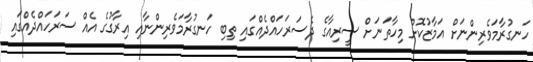
ހަނގުރާމަވެރިންނަށް އަމާޒުކޮށް މިހާތަނަށް ސީރިއާގެ ދެސަރަހައްދެއްގައި ތިބި ހަނގުރާމަވެރިންނާއި އިރާގުގެ އެއް ސަރަހައްދެއްގައި